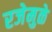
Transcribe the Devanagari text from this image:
रजेमुळे